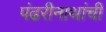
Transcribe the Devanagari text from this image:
पंढरीनाथांची